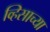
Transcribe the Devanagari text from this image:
व्हिसाच्या